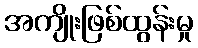
အကျိုးဖြစ်ထွန်းမှု